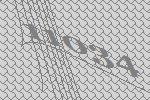
11034